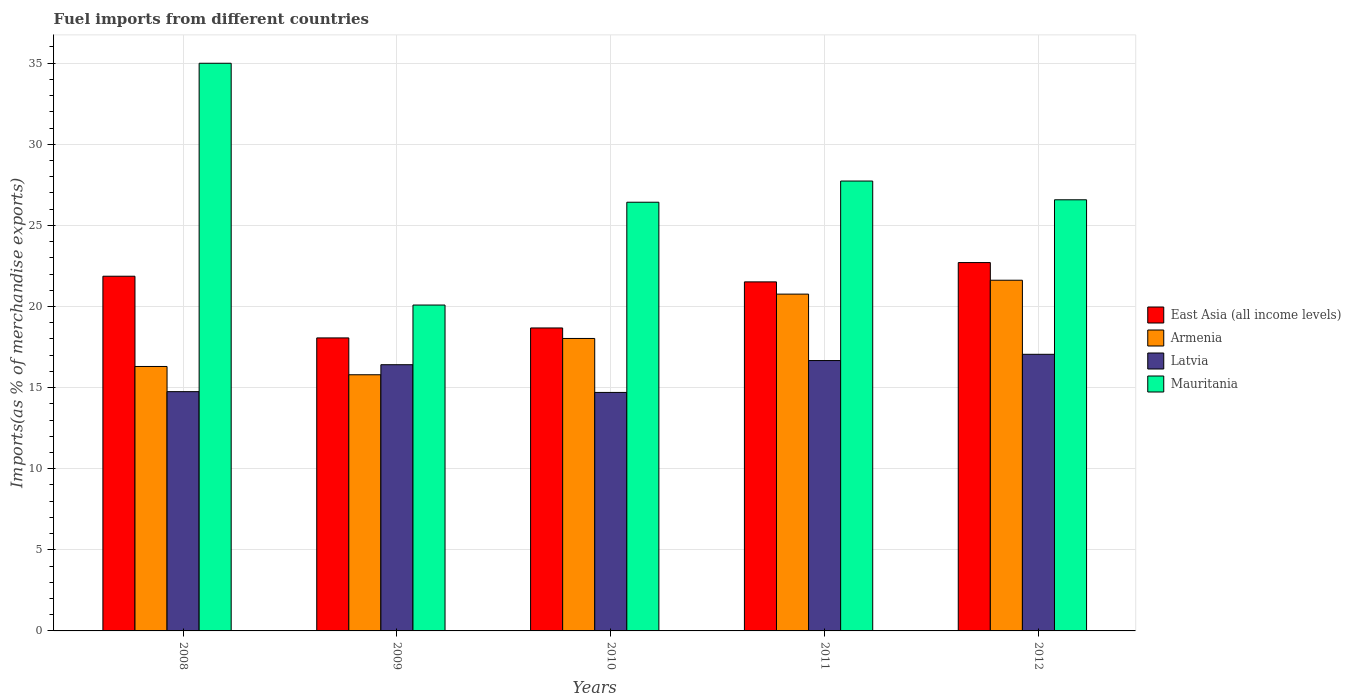
| Years | East Asia (all income levels) | Armenia | Latvia | Mauritania |
 | --- | --- | --- | --- | --- |
 | 2008 | 21.9 | 16.3 | 14.7 | 35 |
 | 2009 | 18.1 | 15.8 | 16.4 | 20.1 |
 | 2010 | 18.7 | 18 | 14.7 | 26.4 |
 | 2011 | 21.5 | 20.8 | 16.7 | 27.7 |
 | 2012 | 22.7 | 21.6 | 17.1 | 26.6 |